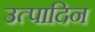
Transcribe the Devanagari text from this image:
उत्पादिन